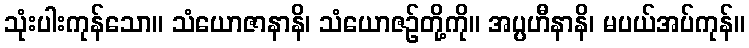
သုံးပါးကုန်သော။ သံယောဇာနာနိ၊ သံယောဇဉ်တို့ကို။ အပ္ပဟီနာနိ၊ မပယ်အပ်ကုန်။